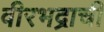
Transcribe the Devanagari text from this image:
वीरभद्राची